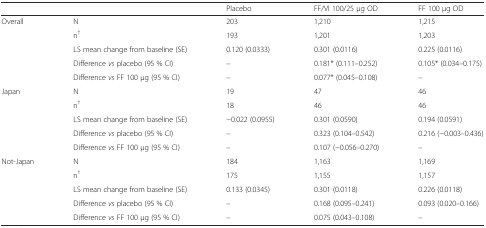
<table><thead><tr><td colspan="2"></td><td><b>Placebo</b></td><td><b>FF/VI 100/25 μg OD</b></td><td><b>FF 100 μg OD</b></td></tr></thead><tbody><tr><td rowspan="5">Overall</td><td>N</td><td>203</td><td>1,210</td><td>1,215</td></tr><tr><td>n<sup>†</sup></td><td>193</td><td>1,201</td><td>1,203</td></tr><tr><td>LS mean change from baseline (SE)</td><td>0.120 (0.0333)</td><td>0.301 (0.0116)</td><td>0.225 (0.0116)</td></tr><tr><td>Difference <i>vs</i> placebo (95 % CI)</td><td>–</td><td>0.181* (0.111–0.252)</td><td>0.105* (0.034–0.175)</td></tr><tr><td>Difference <i>vs</i> FF 100 μg (95 % CI)</td><td>–</td><td>0.077* (0.045–0.108)</td><td>–</td></tr><tr><td rowspan="5">Japan</td><td>N</td><td>19</td><td>47</td><td>46</td></tr><tr><td>n<sup>†</sup></td><td>18</td><td>46</td><td>46</td></tr><tr><td>LS mean change from baseline (SE)</td><td>−0.022 (0.0955)</td><td>0.301 (0.0590)</td><td>0.194 (0.0591)</td></tr><tr><td>Difference <i>vs</i> placebo (95 % CI)</td><td>–</td><td>0.323 (0.104–0.542)</td><td>0.216 (−0.003–0.436)</td></tr><tr><td>Difference <i>vs</i> FF 100 μg (95 % CI)</td><td>–</td><td>0.107 (−0.056–0.270)</td><td>–</td></tr><tr><td rowspan="5">Not-Japan</td><td>N</td><td>184</td><td>1,163</td><td>1,169</td></tr><tr><td>n<sup>†</sup></td><td>175</td><td>1,155</td><td>1,157</td></tr><tr><td>LS mean change from baseline (SE)</td><td>0.133 (0.0345)</td><td>0.301 (0.0118)</td><td>0.226 (0.0118)</td></tr><tr><td>Difference <i>vs</i> placebo (95 % CI)</td><td>–</td><td>0.168 (0.095–0.241)</td><td>0.093 (0.020–0.166)</td></tr><tr><td>Difference <i>vs</i> FF 100 μg (95 % CI)</td><td>–</td><td>0.075 (0.043–0.108)</td><td>–</td></tr></tbody></table>